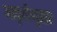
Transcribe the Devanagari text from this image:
आकृतीनुसार